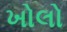
ખોલો